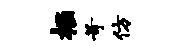
掘苛仿